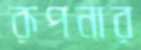
রূপনার